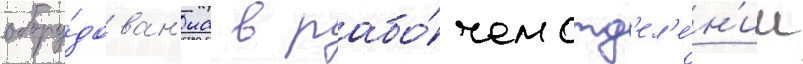
обору́дован'иа в рабо́чем отд'ел'е́н'ии